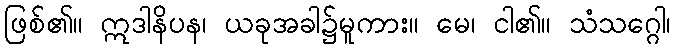
ဖြစ်၏။ ဣဒါနိပန၊ ယခုအခါ၌မူကား။ မေ၊ ငါ၏။ သံသဂ္ဂေါ၊